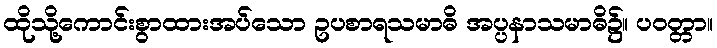
ထိုသို့ကောင်းစွာထားအပ်သော ဥပစာရသမာဓိ အပ္ပနာသမာဓိ၌။ ပဝတ္တာ။